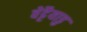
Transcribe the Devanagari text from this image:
वेट्टैयाडु